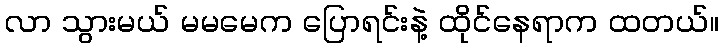
လာ သွားမယ် မမမေက ပြောရင်းနဲ့ ထိုင်နေရာက ထတယ်။